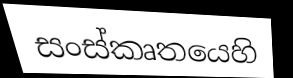
සංස්කෘතයෙහි